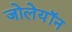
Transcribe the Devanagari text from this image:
जोलेयॉन